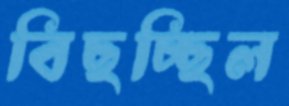
বিছচ্ছিল